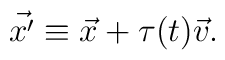
\vec {x'} \equiv \vec x + \tau (t) \vec v.